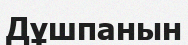
Дұшпанын